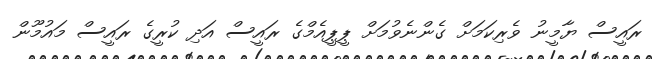
ރައީސް ޔާމީނު ވެރިކަމަށް ގެންނެވުމަށް ޕީޕީއެމްގެ ރައީސް އަދި ކުރީގެ ރައީސް މައުމޫން